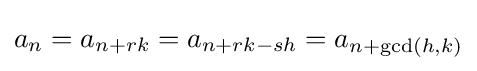
a_{n}=a_{n+rk}=a_{n+rk-sh}=a_{n+\gcd(h,k)}